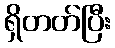
ရှိတတ်ပြီး